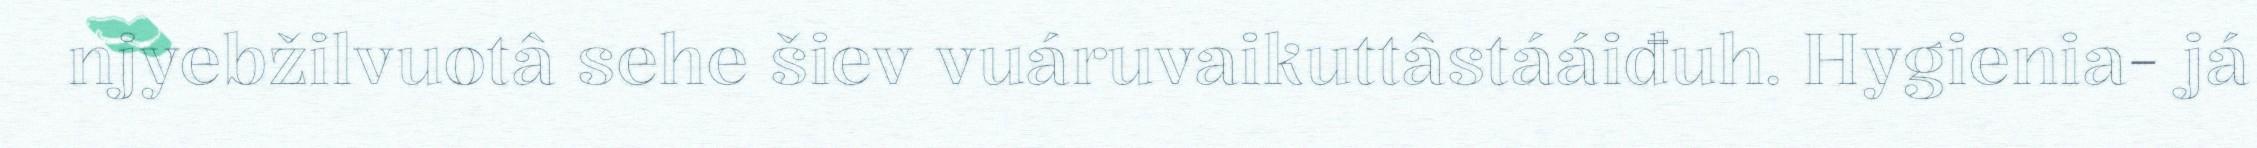
njyebžilvuotâ sehe šiev vuáruvaikuttâstááiđuh. Hygienia- já